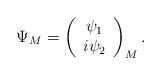
LaTeX: \begin{align*}\Psi_M= \left(\begin{array}{clcr}\psi_1 \\i\psi_2\end{array}\right)_M.\end{align*}